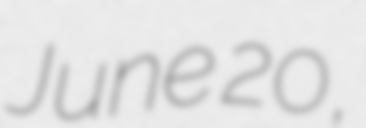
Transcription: June 20,